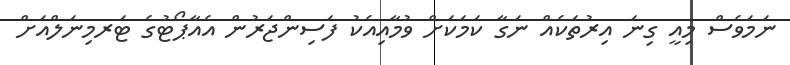
ނަމަވެސް މިއީ ގިނަ އިރުތަކެއް ނަގާ ކަމަކަށް ވުމާއިއެކު ފަސިންޖަރުން އެއާޕޯޓުގެ ޓަރމިނަލްއަށް